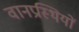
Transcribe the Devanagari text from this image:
वानप्रस्थियों